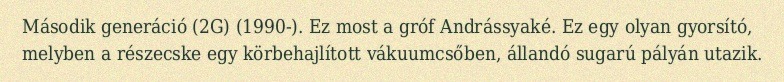
Második generáció (2G) (1990-). Ez most a gróf Andrássyaké. Ez egy olyan gyorsító, melyben a részecske egy körbehajlított vákuumcsőben, állandó sugarú pályán utazik.